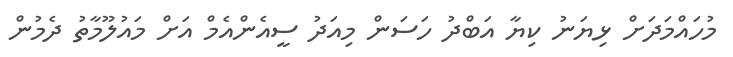
މުހައްމަދަށް ޅިޔަނު ކިޔާ އަބްދު ހަސަން މިއަދު ސީއެންއެމް އަށް މައުލޫމާތު ދެމުން